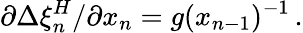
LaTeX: {\partial\Delta\xi_{n}^{H}}/{\partial x_{n}}=g(x_{n-1})^{-1}\, .